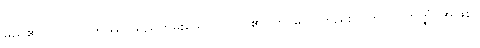
မည်၏။ လာလပ္ပိတဿ၊ မြည်တမ်းသော ပုဂ္ဂိုလ်၏။ ဘာဝေါ၊ တည်း။ လာလပ္ပိတတ္ထံ၊ အဖြစ်။